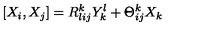
[ X _ { i } , X _ { j } ] = R _ { l i j } ^ { k } Y _ { k } ^ { l } + \Theta _ { i j } ^ { k } X _ { k }